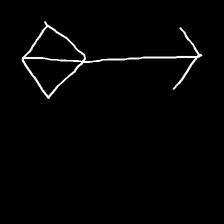
Glyph: focus